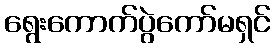
ရွေးကောက်ပွဲကော်မရှင်